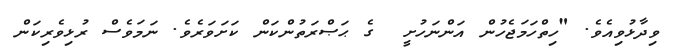
ވިދާޅުވިއެވެ. "ހިތްހަމަޖެހުން އަންނަހުށީ  ގެ ޙަޞްރަތުންކަން ކަށަވަރެވެ. ނަމަވެސް ރުޅިވެރިކަން